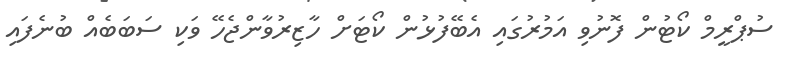
ސުޕްރީމް ކޯޓުން ފޮނުވި އަމުރުގައި އެބޭފުޅުން ކޯޓަށް ހާޒިރުވާންޖެހޭ ވަކި ސަބަބެއް ބުނެފައި